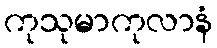
ကုသုမာကုလာနံ